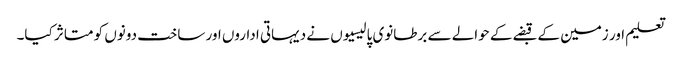
تعلیم اور زمین کے قبضے کے حوالے سے برطانوی پالیسیوں نے دیہاتی اداروں اور ساخت دونوں کو متاثر کیا۔